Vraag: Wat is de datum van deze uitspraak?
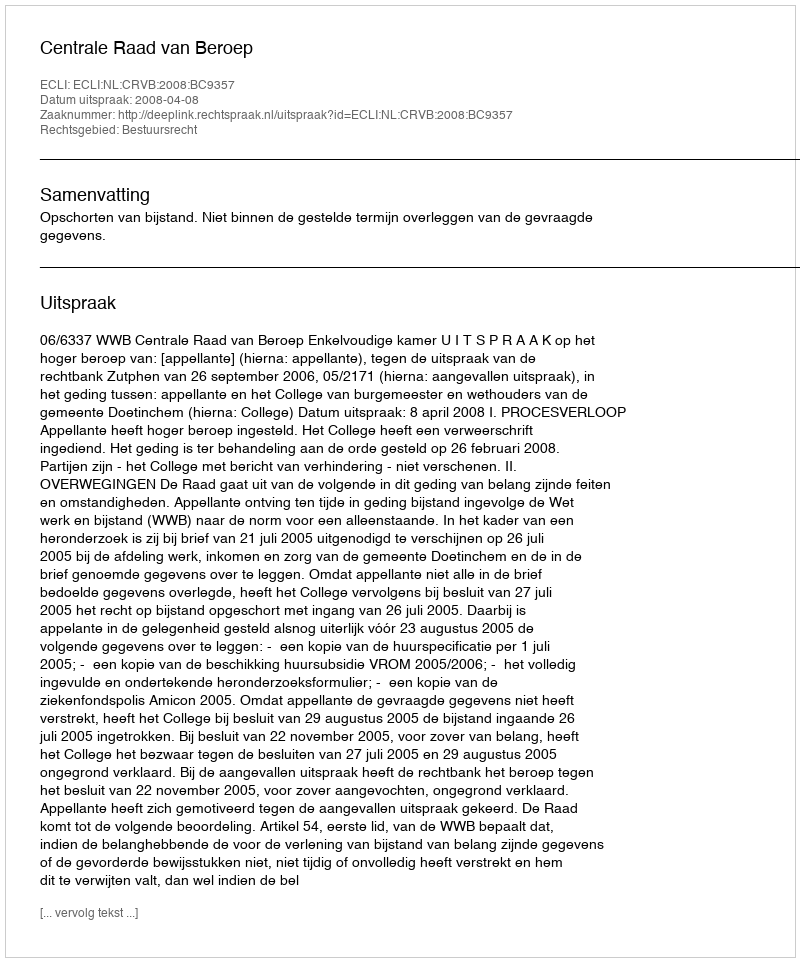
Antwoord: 2008-04-08